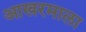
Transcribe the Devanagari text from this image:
आखरमाला